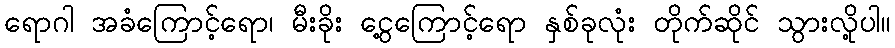
ရောဂါ အခံကြောင့်ရော၊ မီးခိုး ငွေ့ကြောင့်ရော နှစ်ခုလုံး တိုက်ဆိုင် သွားလို့ပါ။